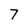
Character: 7